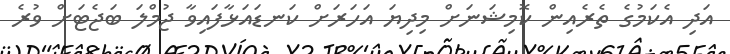
އަދި އެކަމުގެ ތެރެއިން ކޮމިޝަނަށް މިދިޔަ އަހަރަށް ކަނޑައަޅާފައިވާ ޖުމްލަ ބަޖެޓަށް ވުރެ